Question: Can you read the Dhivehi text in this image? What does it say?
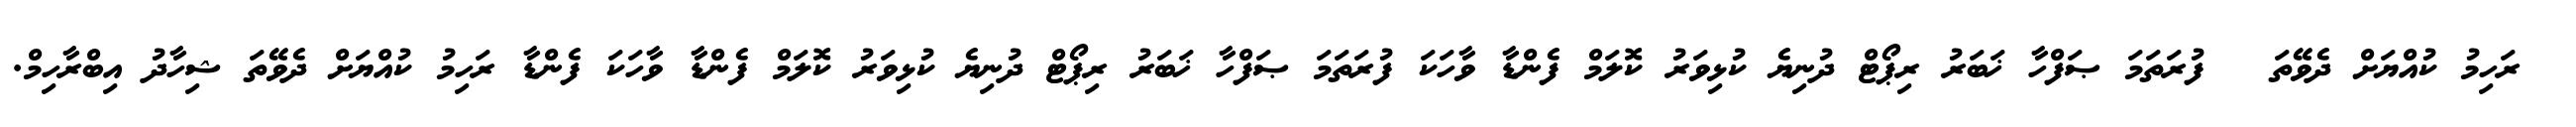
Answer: ? ރަހިމު ކުއްޔަށް ދެވޭތަ ? ފުރަތަމަ ޞަފްހާ ޚަބަރު ރިޕޯޓް ދުނިޔެ ކުޅިވަރު ކޮލަމް ފެންޑާ ވާހަކަ ފުރަތަމަ ޞަފްހާ ޚަބަރު ރިޕޯޓް ދުނިޔެ ކުޅިވަރު ކޮލަމް ފެންޑާ ވާހަކަ ފެންޑާ ރަހިމު ކުއްޔަށް ދެވޭތަ ޝިހާދު އިބްރާހިމް.